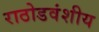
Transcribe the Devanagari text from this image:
राठोडवंशीय